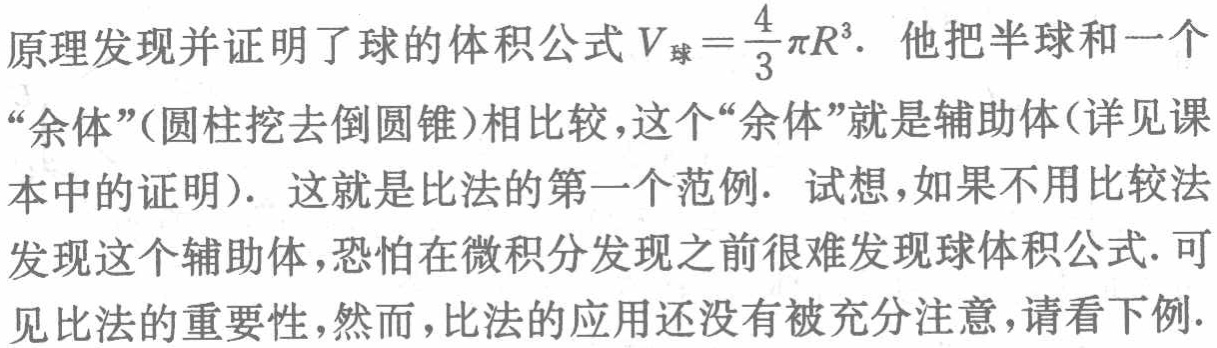
原理发现并证明了球的体积公式 \(V_{球}=\frac{4}{3}\pi R^{3}\). 他把半球和一个“余体”(圆柱挖去倒圆锥)相比较，这个“余体”就是辅助体(详见课本中的证明). 这就是比法的第一个范例. 试想，如果不用比较法发现这个辅助体，恐怕在微积分发现之前很难发现球体积公式. 可见比法的重要性，然而，比法的应用还没有被充分注意，请看下例.